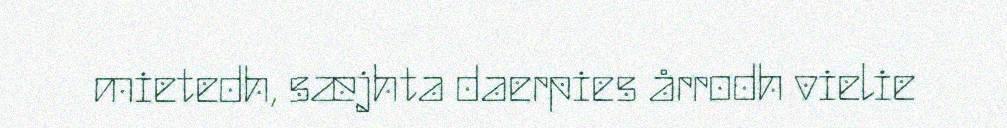
mietedh, sæjhta daerpies årrodh vielie